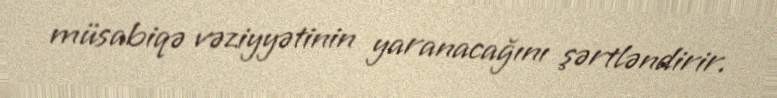
müsabiqə vəziyyətinin yaranacağını şərtləndirir.